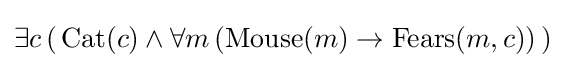
\exists c\,(\,{\text{Cat}}(c)\land \forall m\,({\text{Mouse}}(m)\rightarrow {\text{Fears}}(m,c))\,)